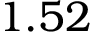
1 . 5 2